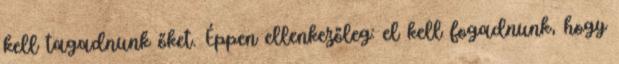
kell tagadnunk őket. Éppen ellenkezőleg: el kell fogadnunk, hogy